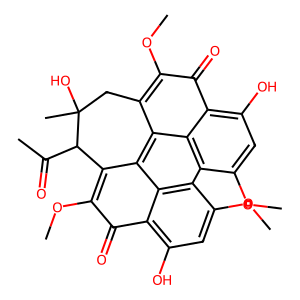
SMILES: COc1c2c3c4c(c(OC)c(=O)c5c(O)cc(OC)c(c6c(OC)cc(O)c(c1=O)c63)c54)C(C(C)=O)C(C)(O)C2
Inhibits HIV replication: No